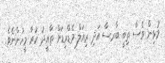
މުޅިން ވެސް ތިބީ ބާރސާ އަދި ރިއަލް މެޑްރިޑަށް ތާއީދު ކުރާ މީހުންނެވެ.